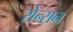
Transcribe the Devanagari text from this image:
रोन्सन